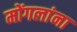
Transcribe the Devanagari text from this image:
मोंगलांना